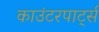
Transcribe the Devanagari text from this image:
काउंटरपार्ट्स